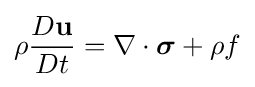
\rho {\frac {D\mathbf {u} }{Dt}}=\nabla \cdot {\boldsymbol {\sigma }}+\mathbf {\rho } {f}